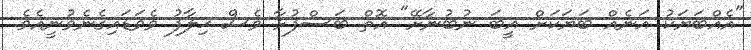
"އެއްބަޔަކު އަނެއް ބަޔަކަށް ޣީބަ ނުބުނާށޭ" އޮތް ބަސްފުޅާ ވެސް ޚިލާފު ވެވަޑައިގެނެވުނީއެވެ.